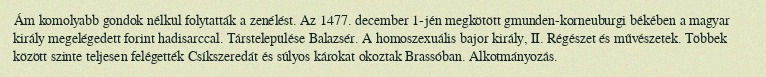
Ám komolyabb gondok nélkül folytatták a zenélést. Az 1477. december 1-jén megkötött gmunden-korneuburgi békében a magyar király megelégedett forint hadisarccal. Társtelepülése Balazsér. A homoszexuális bajor király, II. Régészet és művészetek. Többek között szinte teljesen felégették Csíkszeredát és súlyos károkat okoztak Brassóban. Alkotmányozás.